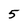
Character: 5